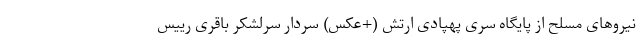
نیروهای مسلح از پایگاه سری پهپادی ارتش (+عکس) سردار سرلشکر باقری رییس